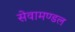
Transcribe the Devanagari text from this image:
सेवामण्डल